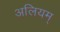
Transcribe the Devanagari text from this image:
अलियम्